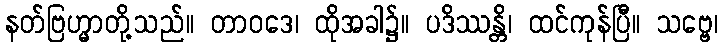
နတ်ဗြဟ္မာတို့သည်။ တာဝဒေ၊ ထိုအခါ၌။ ပဒိဿန္တိ၊ ထင်ကုန်ပြီ။ သဗ္ဗေ၊